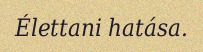
Élettani hatása.